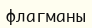
флагманы